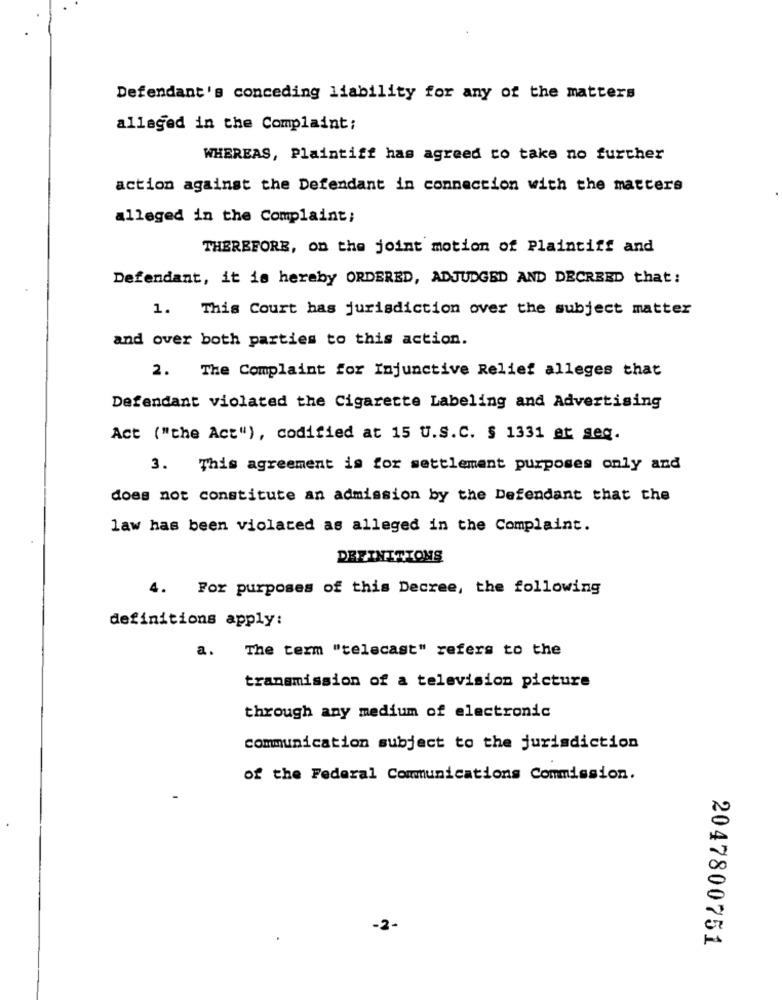
Defendant's conceding liability for any of the matters
alleged in the Complaint;
WHEREAS, Plaintiff has agreed to take no further
action against the Defendant in connection with the matters
alleged in the Complaint;
THEREFORE, on the joint motion of Plaintiff and
Defendant, it is hereby ORDERED, ADJUDGED AND DECREED that:
1. This Court has jurisdiction over the subject matter
and over both parties to this action.
2. The Complaint for Injunctive Relief alleges that
Defendant violated the Cigarette Labeling and Advertising
Act ("the Act"), codified at 15 U.S.C. § 1331 et seq.
3. This agreement is for settlement purposes only and
does not constitute an admission by the Defendant that the
law has been violated as alleged in the Complaint.
DEFINITIONS
4. For purposes of this Decree, the following
definitions apply:
a.
The term "telecast" refers to the
transmission of a television picture
through any medium of electronic
communication subject to the jurisdiction
of the Federal Communications Commission.
-2-
2047800751